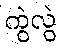
ကွဲလွဲ